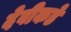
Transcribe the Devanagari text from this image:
देवीकडे